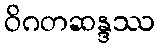
ဝိဂတဆန္ဒဿ